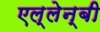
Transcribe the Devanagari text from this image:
एल्लेन्बी